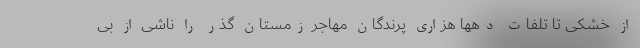
از خشکی تا تلفات دهها هزاری پرندگان مهاجر زمستان گذر را ناشی از بی